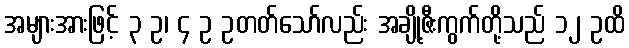
အများအားဖြင့် ၃ ဥ၊ ၄ ဥ ဥတတ်သော်လည်း အချို့ဇီးကွက်တို့သည် ၁၂ ဥထိ